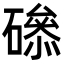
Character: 𥕺